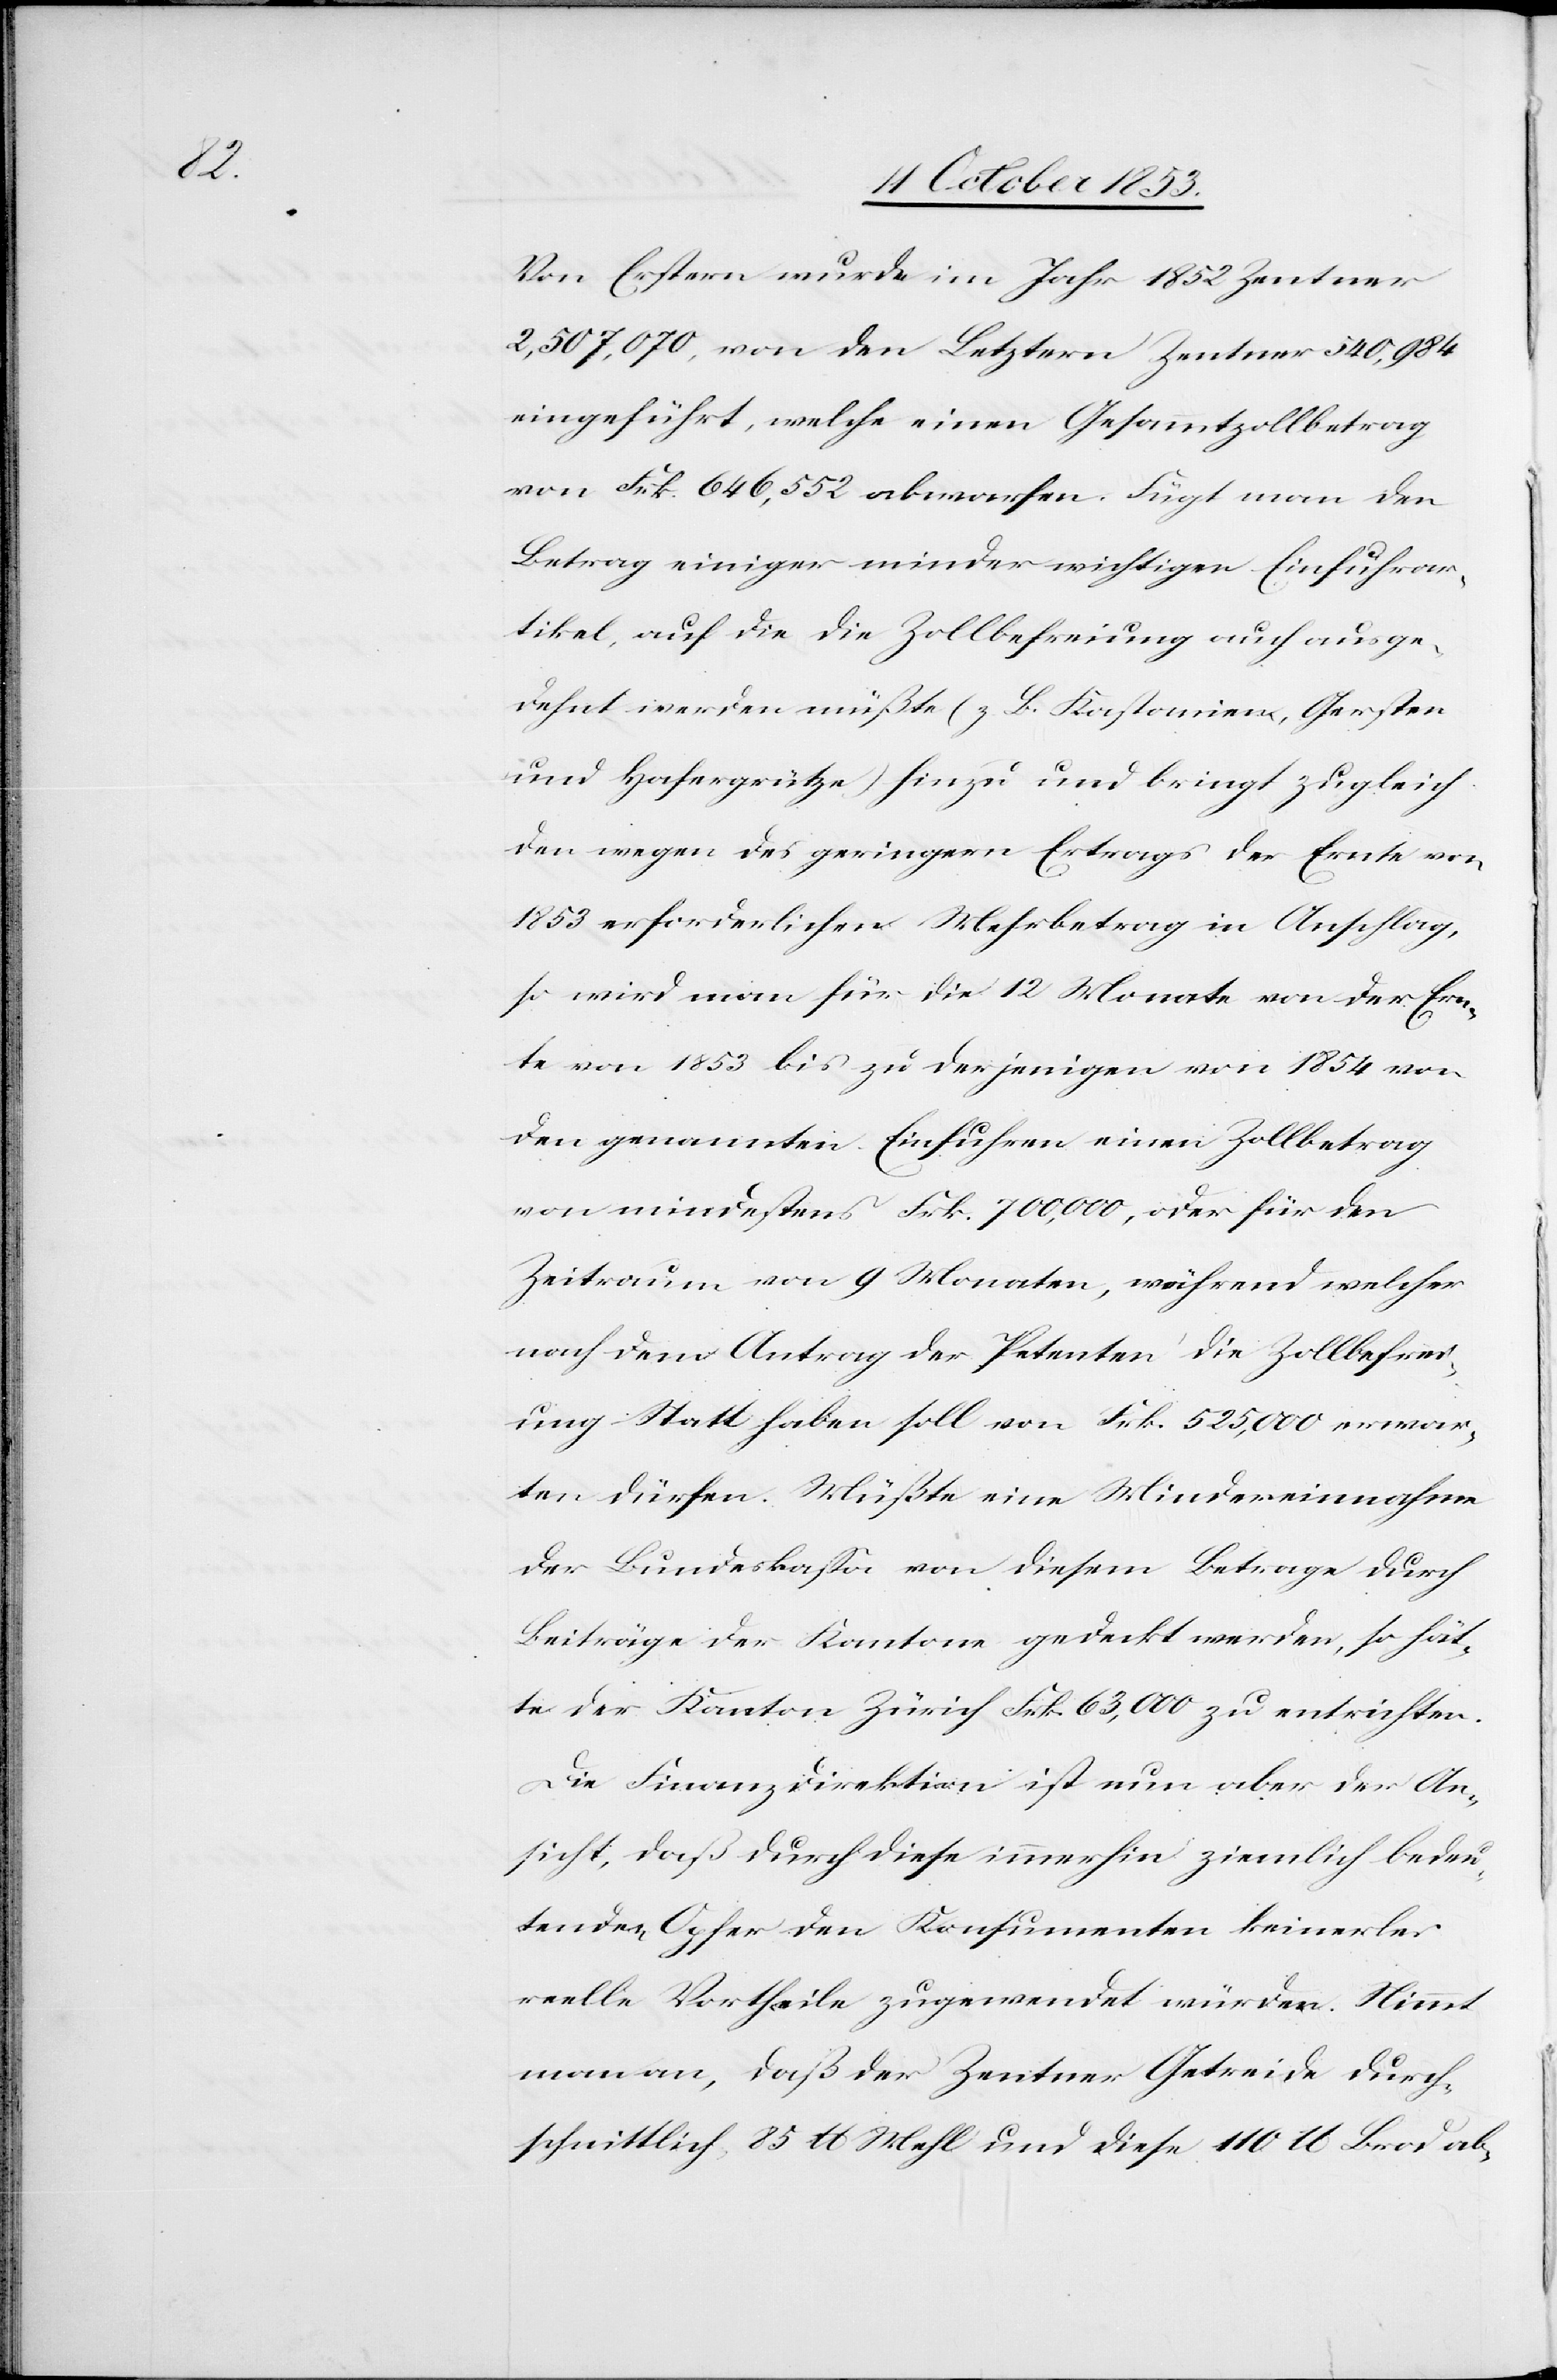
Von Erstern wurde im Jahr 1852 Zentner
2,507,070, von den Letztern Zentner 540,984
eingeführt, welche einen Gesammtbetrag
von Frk. 646,552 abwerfen. Fügt man den
Betrag einiger minder wichtigen Einfuhrar¬
tikel, auf die die Zollbefreiung auch ausge¬
dehnt werden müßte (z. B. Kastanien, Gersten
und Hafergrütze) hinzu und bringt zugleich
den wegen des geringen Ertrags der Ernte von
1853 erforderlichen Mehrbetrag in Anschlag,
so wird man für die 12 Monate von der Ern¬
te von 1853 bis zu denjenigen von 1854 von
den genannten Einfuhren einen Zollbetrag
von mindestens Frk. 700,000, oder für den
Zeitraum von 9 Monaten, während welcher
nach dem Antrag der Petenten die Zollbefrei¬
ung Statt haben soll von Frk. 525,000 erwar¬
ten dürfen. Müßte eine Mindereinnahme
der Bundeskaßa von diesem Betrage durch
Beiträge der Kantone gedeckt werden, so hät¬
te der Kanton Zürich Frk. 63,000 zu entrichten.
Die Finanzdirektion ist nun aber der An¬
sicht, daß durch diese immerhin ziemlich bedeu¬
tenden Opfer dem Konsumenten keinerlei
reelle Vortheile zugewendet würden. Nimmt
man an, daß der Zentner Getreide durch¬
schnittlich 85 lb Mehl und diese 110 lb Brod ab-